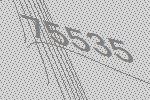
75535